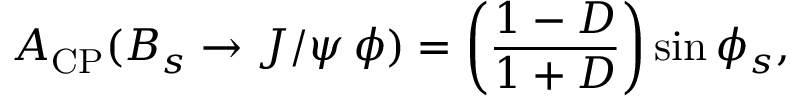
A _ { \mathrm { C P } } ( B _ { s } \to J / \psi \, \phi ) = \left( \frac { 1 - D } { 1 + D } \right) \sin \phi _ { s } ,